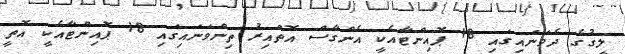
ލީގުގެ ދެވަނައިގައި 18 ޕޮއިންޓާއެކީ އެންގާސް އޮތްއިރު ތިންވަނައިގައި 18 ޕޮއިންޓާއެކީ އޮތީ